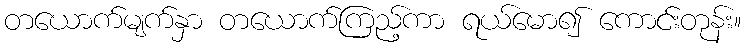
တယောက်မျက်နှာ တယောက်ကြည့်ကာ ရယ်မော၍ ကောင်းတုန်း။